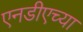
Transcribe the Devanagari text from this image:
एनडीएच्या